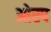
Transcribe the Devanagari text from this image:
ओस्प